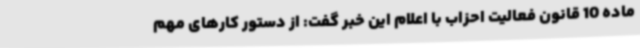
ماده 10 قانون فعالیت احزاب با اعلام این خبر گفت: از دستور کارهای مهم